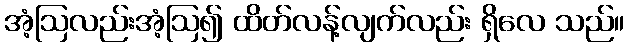
အံ့ဩလည်းအံ့ဩ၍ ထိတ်လန့်လျက်လည်း ရှိလေ သည်။